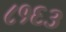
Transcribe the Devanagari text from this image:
८१६३